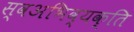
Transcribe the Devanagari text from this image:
स्वअभिव्यक्ति